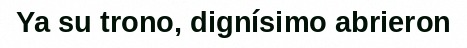
Ya su trono, dignísimo abrieron